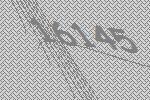
16145